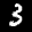
Label: 3